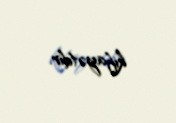
kifayətdir.